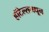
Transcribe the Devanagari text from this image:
हॉटेल्समधून